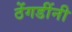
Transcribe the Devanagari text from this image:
ठेंगडींनी